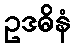
ဥဒဓိနံ